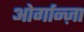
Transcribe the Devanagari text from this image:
ओर्गान्ज़ा